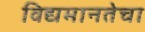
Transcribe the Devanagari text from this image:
विद्यमानतेचा